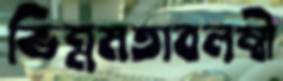
ভিন্নমতাবলম্বী